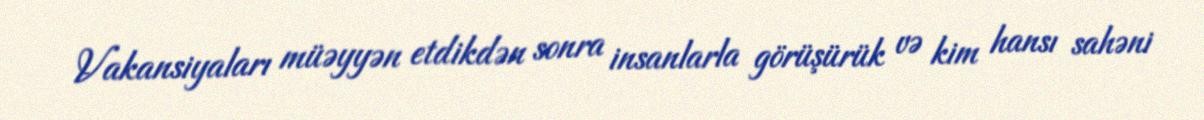
Vakansiyaları müəyyən etdikdən sonra insanlarla görüşürük və kim hansı sahəni